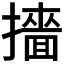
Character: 𭢲